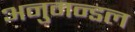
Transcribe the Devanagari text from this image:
अनुमन्डल